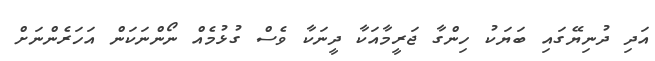
އަދި ދުނިޔޭގައި ބަޔަކު ހިންގާ ޖަރީމާއަކާ ދީނަކާ ވެސް ގުޅުމެއް ނޯންނަކަން އަހަރެންނަށް